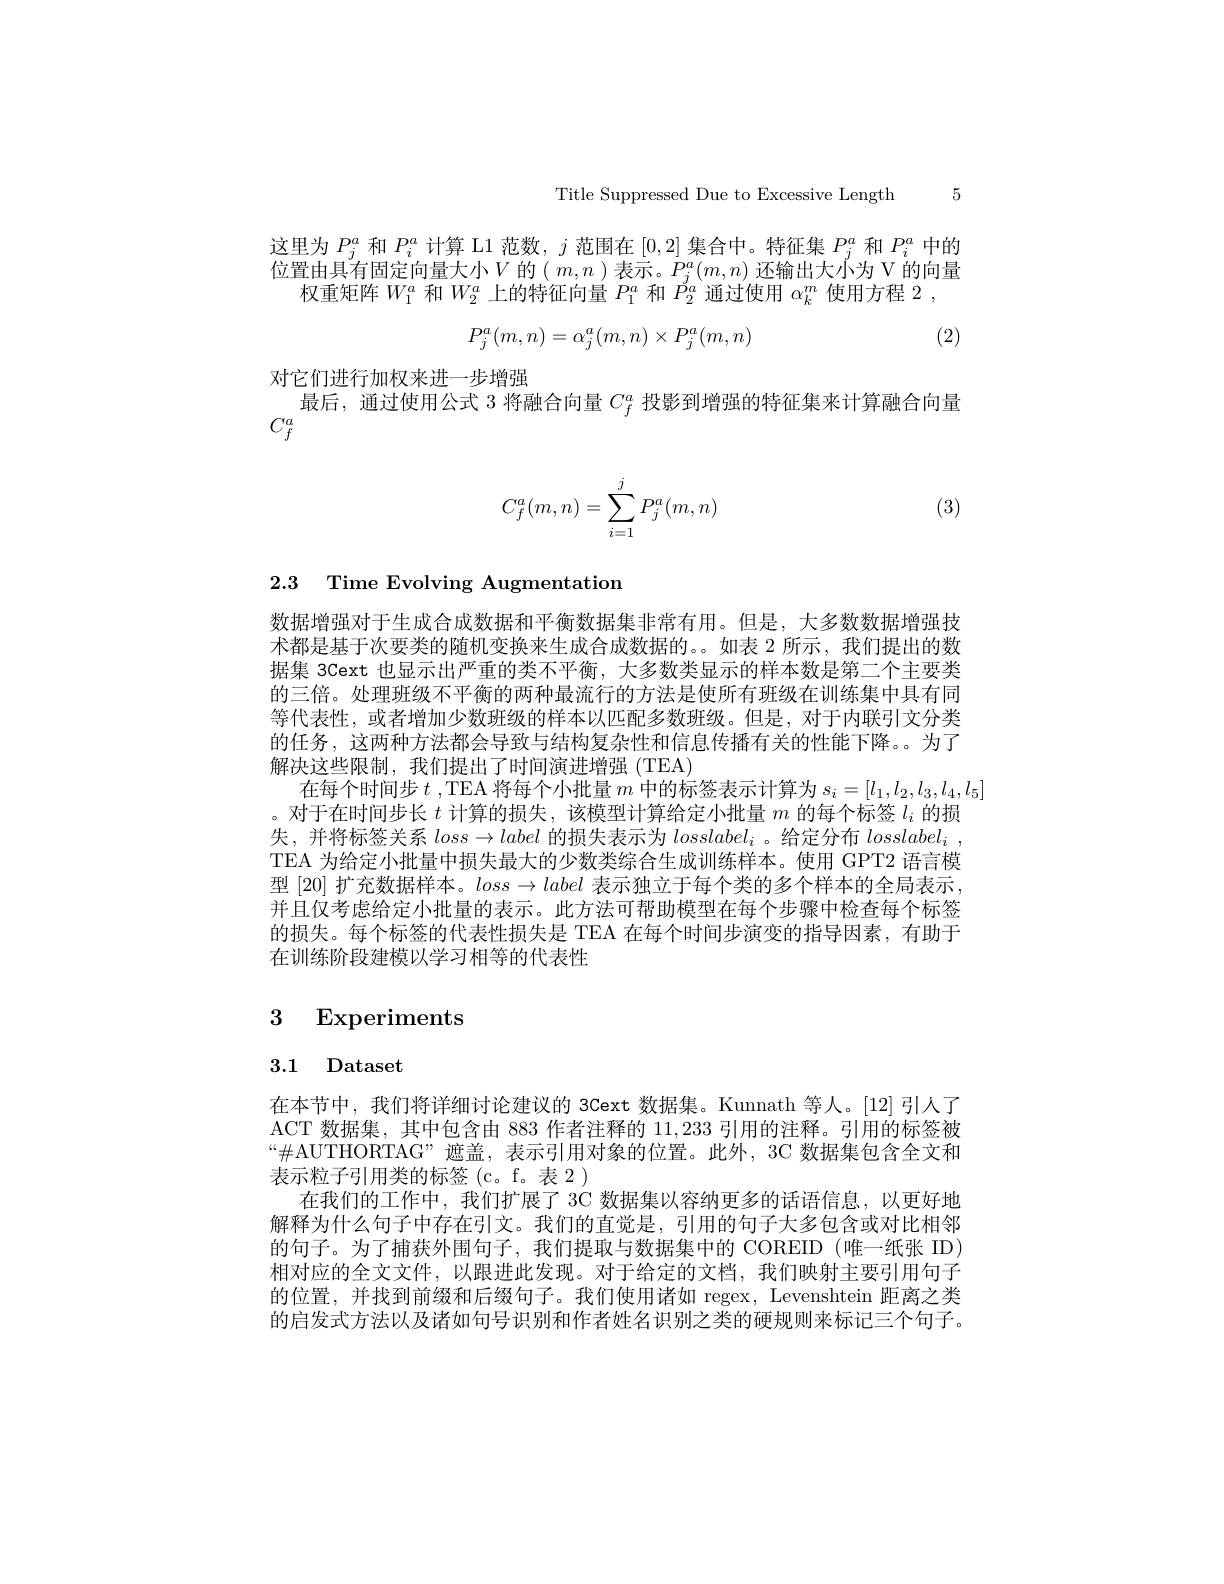
Title Suppressed Due to Excessive Length 5

这里为$P_j^{a}$和$P_i^{a}$计算 L1 范数，$j$范围在[0,2]集合中。特征集$P_j^{a}$和$P_i^{a}$中的位置由具有固定向量大小$V$ 的$(m,n)$ 表示。$P_j^a(m,n)$ 还输出大小为 V 的向量
权重矩阵$W_1^a$和$W_2^a$上的特征向量$P_1^a$和$P_2^a$通过使用$\alpha_k^m$使用方程2，
$$P_j^a(m,n)=\alpha_j^a(m,n)\times P_j^a(m,n)$$
(2)

对它们进行加权来进一步增强
最后，通过使用公式 3 将融合向量$C_f^a$投影到增强的特征集来计算融合向量
$C_f^a$
$$C_f^a(m,n)=\sum_{i=1}^jP_j^a(m,n)$$
(3)

## 2.3 Time Evolving Augmentation

数据增强对于生成合成数据和平衡数据集非常有用。但是，大多数数据增强技术都是基于次要类的随机变换来生成合成数据的。。如表 2 所示，我们提出的数据集 3Cext 也显示出严重的类不平衡，大多数类显示的样本数是第二个主要类的三倍。处理班级不平衡的两种最流行的方法是使所有班级在训练集中具有同等代表性，或者增加少数班级的样本以匹配多数班级。但是，对于内联引文分类的任务，这两种方法都会导致与结构复杂性和信息传播有关的性能下降。为了解决这些限制，我们提出了时间演进增强(TEA)
在每个时间步$t$,TEA 将每个小批量$m$中的标签表示计算为$s_i=[l_1,l_2,l_3,l_4,l_5]$
。对于在时间步长$t$计算的损失，该模型计算给定小批量$m$的每个标签$l_i$的损失，并将标签关系$loss\to label$的损失表示为$losslabel_i$ 。给定分布$losslabel_i$, TEA 为给定小批量中损失最大的少数类综合生成训练样本。使用 GPT2 语言模型 [20] 扩充数据样本。$loss\to label$表示独立于每个类的多个样本的全局表示， 并且仅考虑给定小批量的表示。此方法可帮助模型在每个步骤中检查每个标签的损失。每个标签的代表性损失是 TEA 在每个时间步演变的指导因素，有助于在训练阶段建模以学习相等的代表性

# 3 Experiments

# 3.1 Dataset

在本节中，我们将详细讨论建议的 3Cext 数据集。Kunnath 等人。[12] 引人了ACT 数据集，其中包含由 883 作者注释的11，233引用的注释。引用的标签被“$\#AUTHORTAG”遮盖，表示引用对象的位置。此外，3C 数据集包含全文和$ 表示粒子引用类的标签(c。f。表2)
在我们的工作中，我们扩展了 3C 数据集以容纳更多的话语信息，以更好地解释为什么句子中存在引文。我们的直觉是，引用的句子大多包含或对比相邻的句子。为了捕获外围句子，我们提取与数据集中的 COREID (唯一纸张 ID) 相对应的全文文件，以跟进此发现。对于给定的文档，我们映射主要引用句子的位置，并找到前缀和后缀句子。我们使用诸如 regex, Levenshtein 距离之类的启发式方法以及诸如句号识别和作者姓名识别之类的硬规则来标记三个句子。